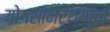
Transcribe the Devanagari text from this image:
योगसामर्थ्यांचा